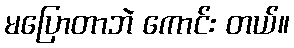
မပြောတာဘဲ ကောင်း တယ်။